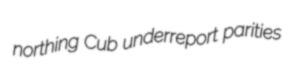
northing Cub underreport parities